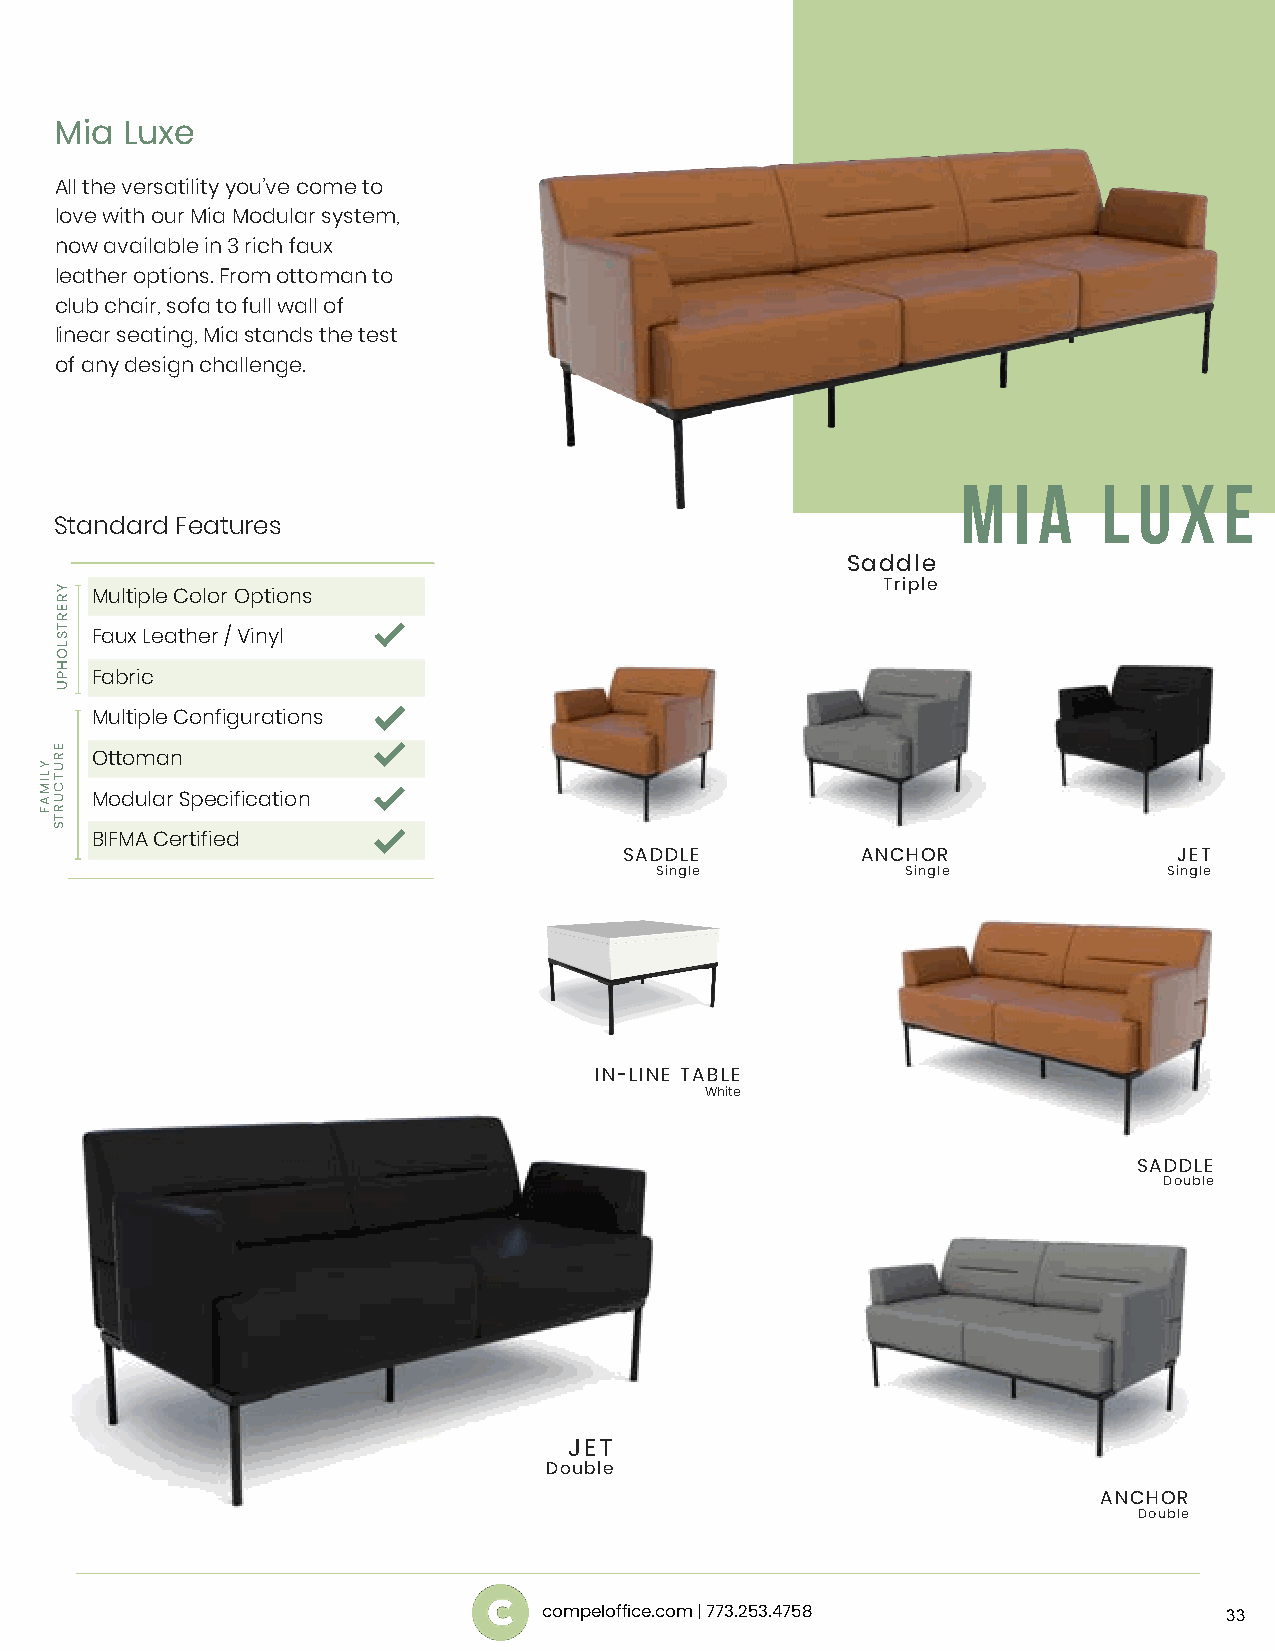
Mia Luxe
 All the versatility you’ve come to
 love with our Mia Modular system,
 now available in 3 rich faux
 leather options. From ottoman to
 club chair, sofa to full wall of
 linear seating, Mia stands the test
 of any design challenge.
 M  I A   L U  X  E
 Standard Features
 Saddle
 Triple
 Multiple Color Options
 Faux Leather / Vinyl
 Fabric
 Multiple Configurations
 Ottoman
 Modular Specification
 BIFMA Certified
 SADDLE          ANCHOR               JET
 Single           Single           Single
 IN-LINE TABLE
 White
 SADDLE
 Double
 JET
 Double
 ANCHOR
 Double
 compeloffice.com | 773.253.4758              33
 YLIMAF
 YRERTSLOHPU
 ERUTCURTS